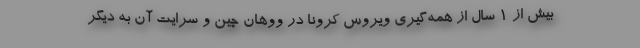
بیش از 1 سال از همه‌گیری ویروس کرونا در ووهان چین و سرایت آن به دیگر